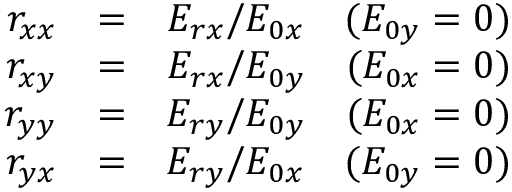
\begin{array} { r l r } { r _ { x x } } & { = } & { E _ { r x } / E _ { 0 x } \quad ( E _ { 0 y } = 0 ) } \\ { r _ { x y } } & { = } & { E _ { r x } / E _ { 0 y } \quad ( E _ { 0 x } = 0 ) } \\ { r _ { y y } } & { = } & { E _ { r y } / E _ { 0 y } \quad ( E _ { 0 x } = 0 ) } \\ { r _ { y x } } & { = } & { E _ { r y } / E _ { 0 x } \quad ( E _ { 0 y } = 0 ) } \end{array}